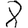
Digit: 8